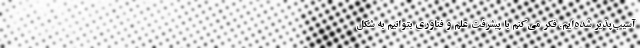
آسیب‌پذیر شده‌ایم. فکر می‌کنم با پیشرفت علم و فناوری بتوانیم به شکل